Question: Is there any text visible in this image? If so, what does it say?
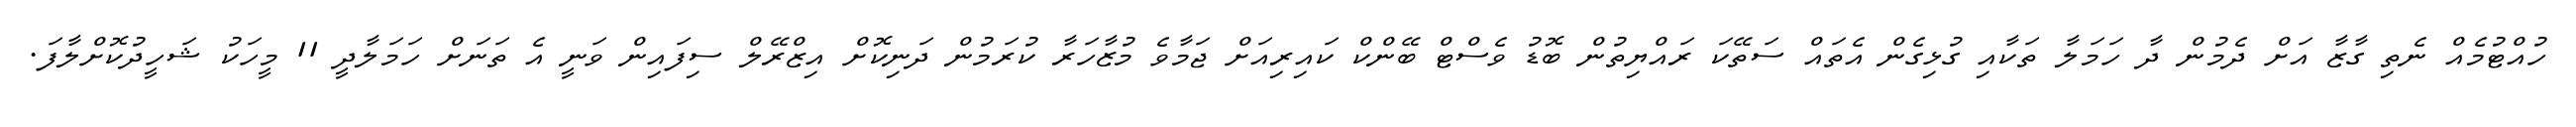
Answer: ހުއްޓުމެއް ނެތި ގާޒާ އަށް ދެމުން ދާ ހަމަލާ ތަކާއި ގުޅިގެން އެތައް ސަތޭކަ ރައްޔިތުން ބޮޑު ވެސްޓް ބޭންކް ކައިރިއަށް ޖަމާވެ މުޒާހަރާ ކުރަމުން ދަނިކޮށް އިޒްރޭލް ސިފައިން ވަނީ އެ ތަނަށް ހަމަލާދީ 11 މީހަކު ޝަހީދުކޮށްލާފަ.